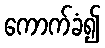
ကောက်ခံ၍